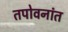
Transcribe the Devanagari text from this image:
तपोवनांत